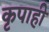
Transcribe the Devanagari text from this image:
कृपाही